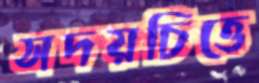
সদয়চিত্তে